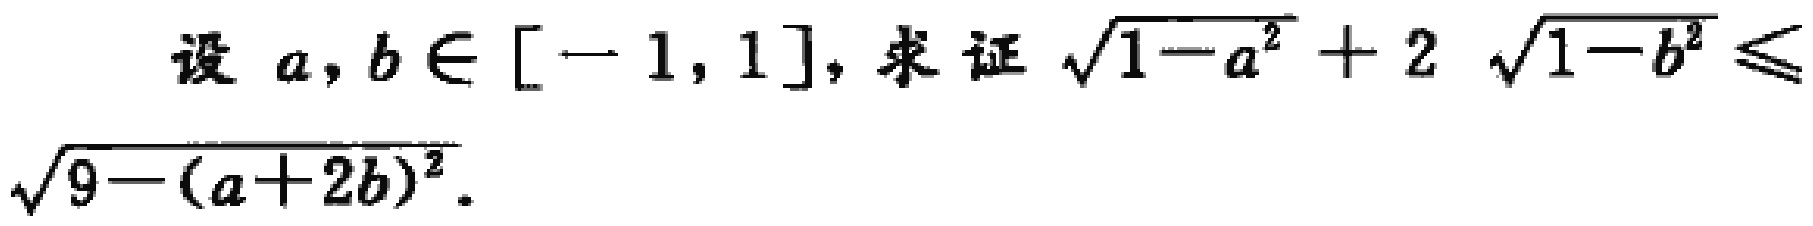
设 \(a,b\in[-1,1]\)，求证 \(\sqrt{1 - a^{2}}+2\sqrt{1 - b^{2}}\leq\sqrt{9-(a + 2b)^{2}}\)。